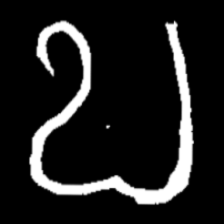
Pyu character \u2014 Myanmar letter: ဎ (romanized: ddha)